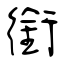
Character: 銜